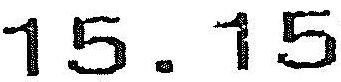
15.15